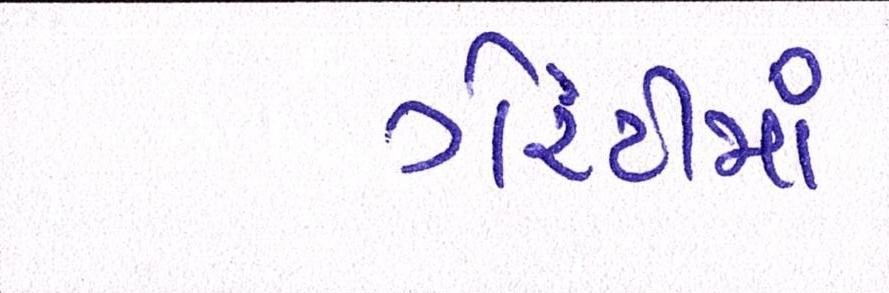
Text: ગેરંટીમાં